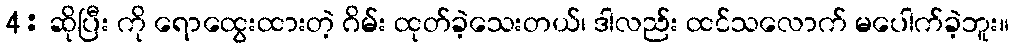
4: ဆိုပြီး ကို ရောထွေးထားတဲ့ ဂိမ်း ထုတ်ခဲ့သေးတယ်၊ ဒါလည်း ထင်သလောက် မပေါက်ခဲ့ဘူး။